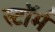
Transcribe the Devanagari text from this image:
स्टाॅर्म